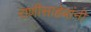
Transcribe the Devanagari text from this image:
राणीसाहेबांनी